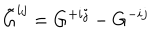
LaTeX: \tilde { G } ^ { i j } = G ^ { + i j } - G ^ { - i j }